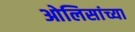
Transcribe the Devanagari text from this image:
ओलिसांच्या